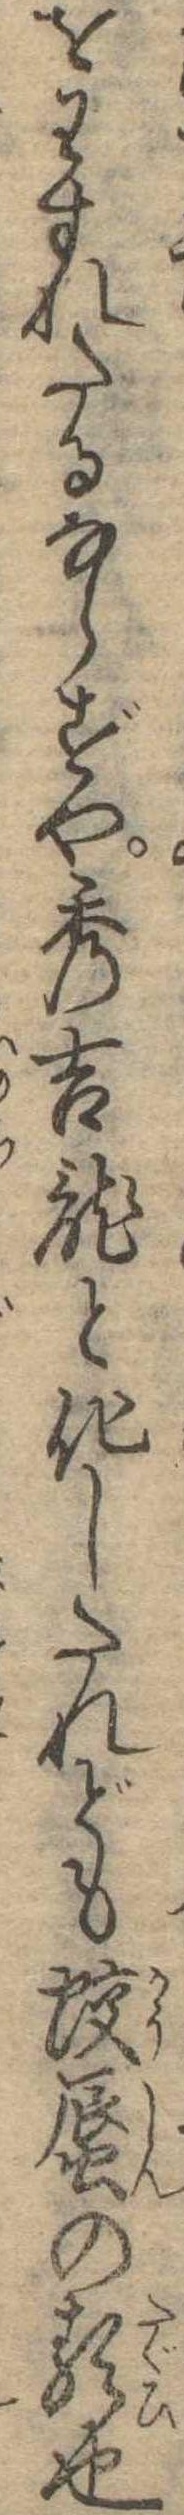
をわすれたるならずや秀吉竜と化したれども蛟蜃の類也